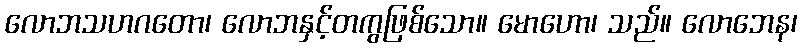
လောဘသဟဂတော၊ လောဘနှင့်တကွဖြစ်သော။ မောဟော၊ သည်။ လောဘေန၊